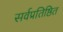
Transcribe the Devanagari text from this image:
सर्वप्रतिष्ठित